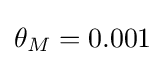
\theta _{M}=0.001